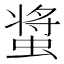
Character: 螀